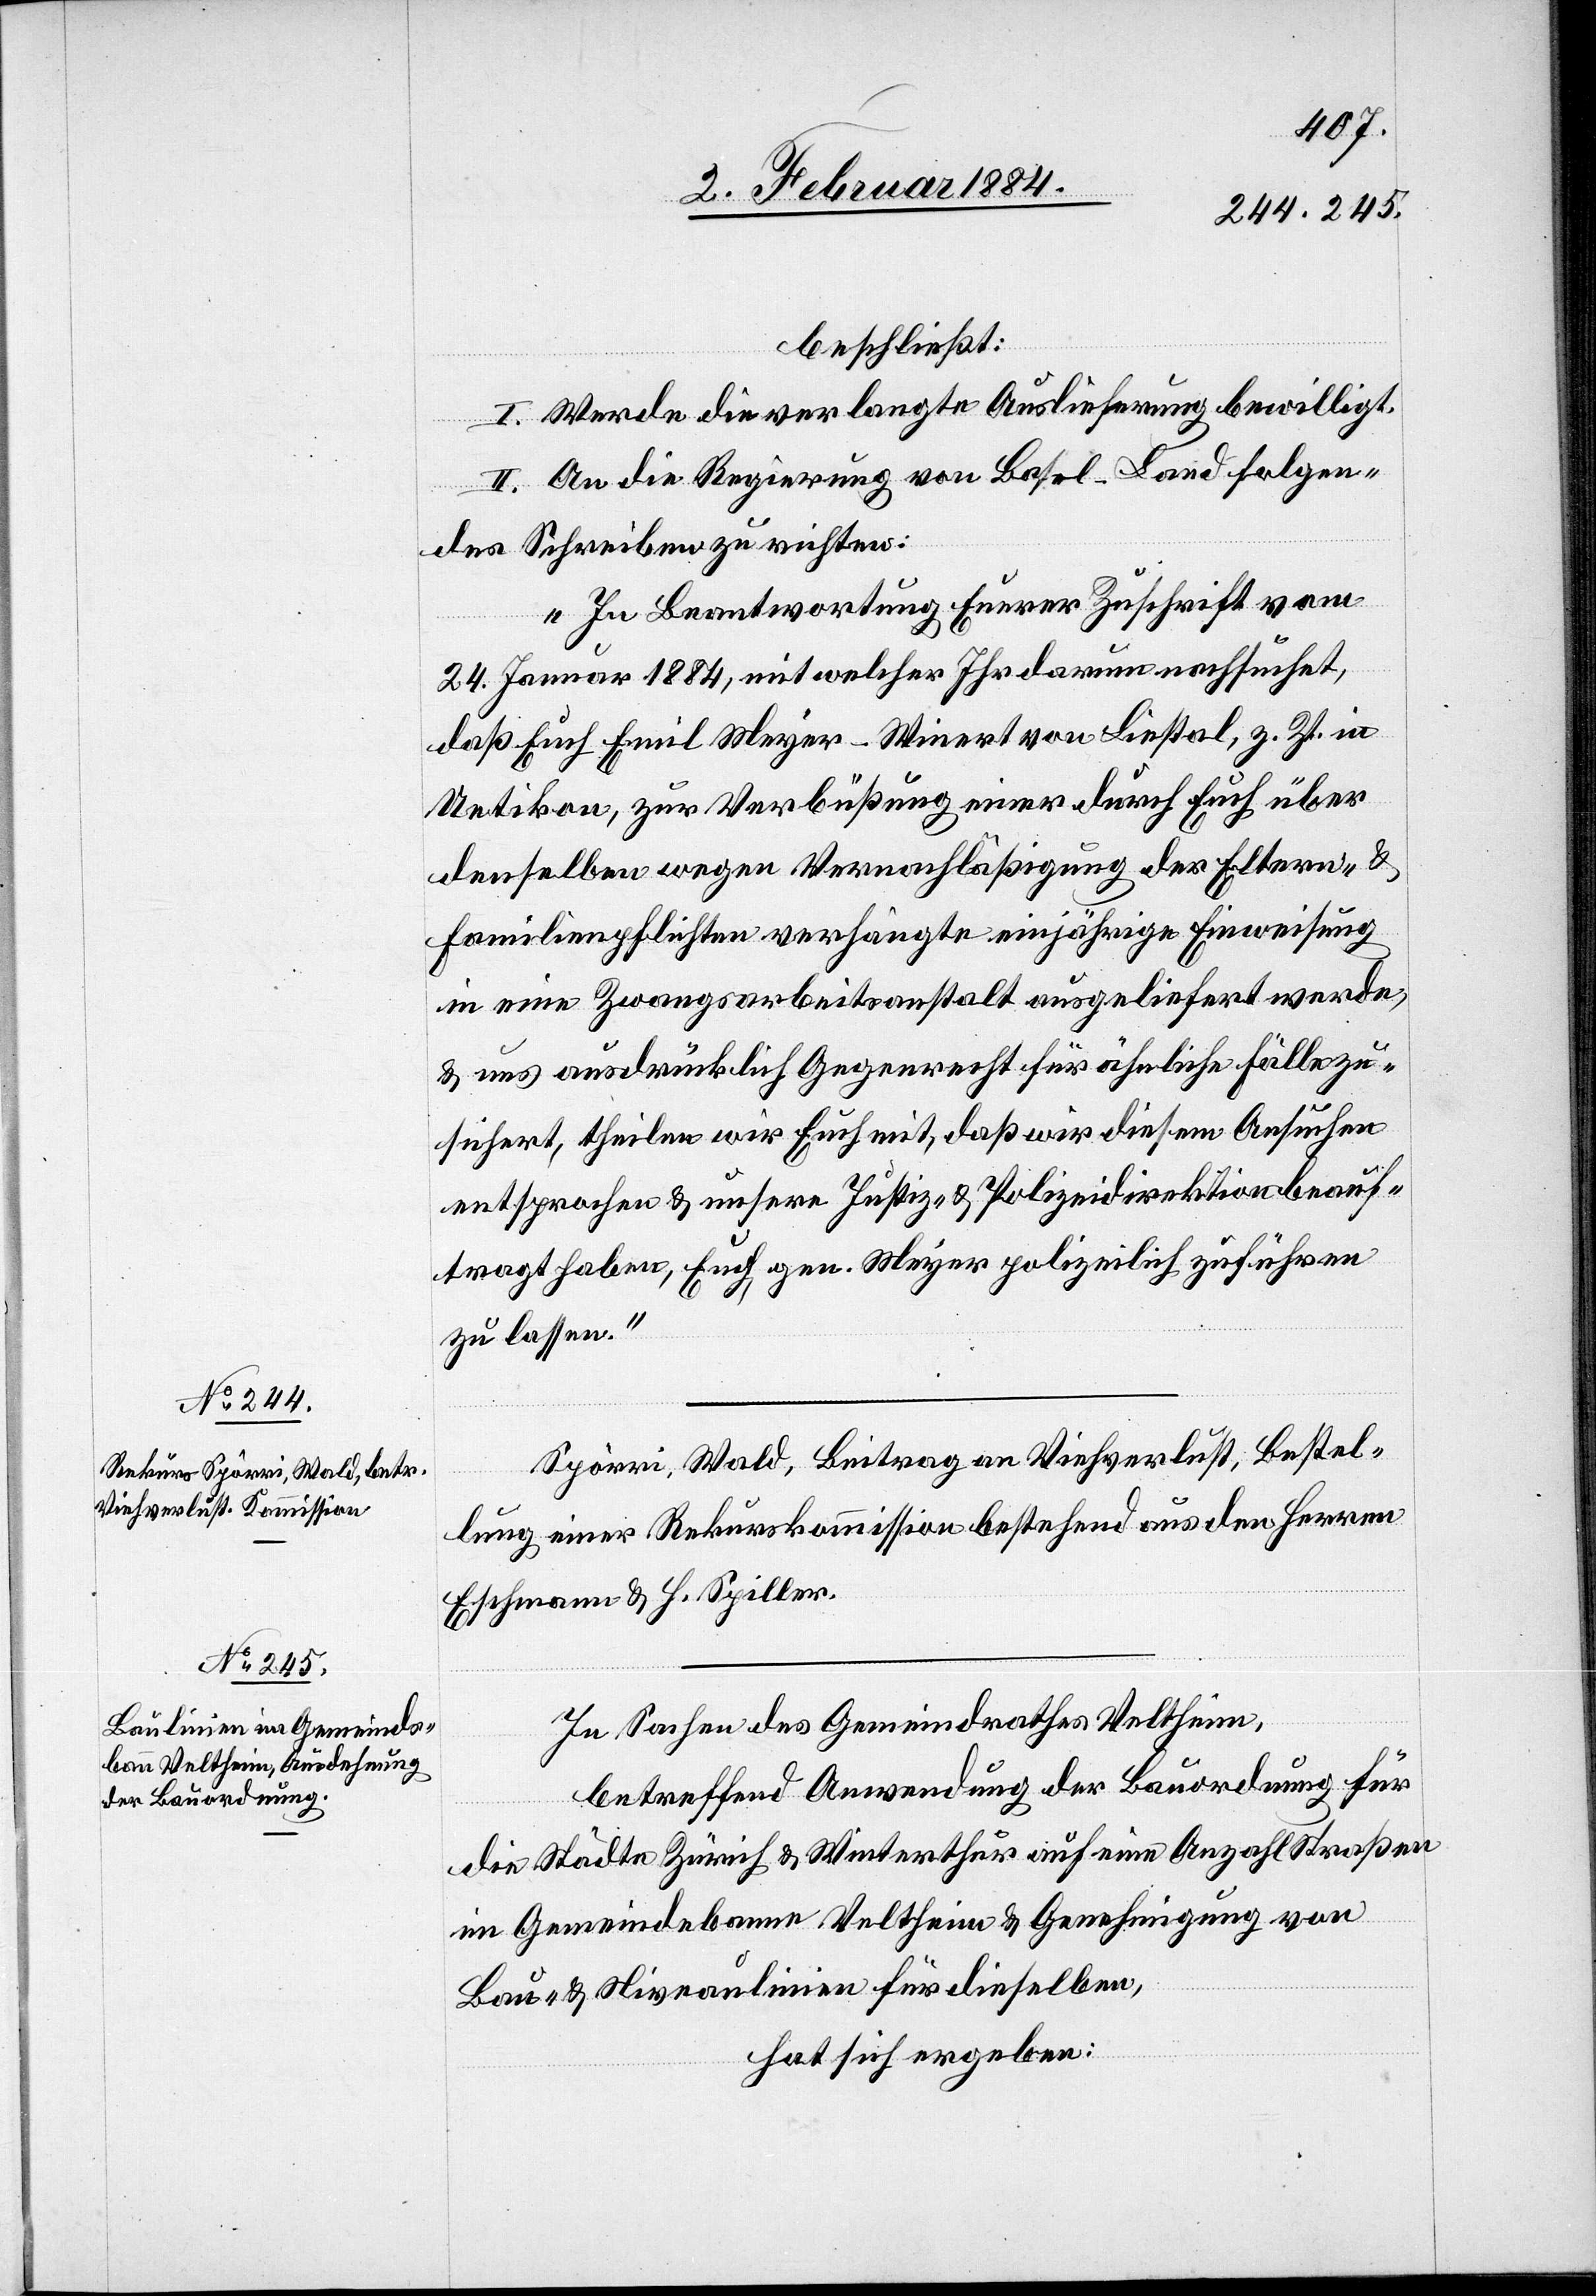
beschließt:
I. Werde die verlangte Auslieferung bewilligt.
II. An die Regierung von Basel-Land folgen¬
des Schreiben zu richten:
„In Beantwortung Euerer Zuschrift vom
24. Januar 1884, mit welcher Ihr darum nachsucht,
daß Euch Emil Meyer-Winnert von Liestal, z. Zt. in
Uetikon, zur Verbüßung einer durch Euch über
denselben wegen Vernachläßigung der Eltern- &
Familienpflichten verhängte einjährige Einweisung
in eine Zwangsarbeitsanstalt ausgeliefert werde,
& uns ausdrücklich Gegenrecht für ähnliche Fälle zu¬
führt, theilen wir Euch mit, daß wir diesem Ansuchen
entsprochen & unsere Justiz- & Polizeidirektion beauf¬
tragt haben, Euch, gen. Meyer polizeilich zuführen
zu lassen.“
Spörri, Wald, Beitrag an Viehverlust, Bestel¬
lung einer Rekurskommission bestehend aus den Herren
Eschmann & H. Spiller.
In Sachen des Gemeindrathes Veltheim,
betreffend Anwendung der Bauordnung für
die Städte Zürich & Winterthur auf eine Anzahl Straßen
im Gemeindebann Veltheim & Genehmigung von
Bau- & Niveaulinien für dieselben,
hat sich ergeben: